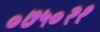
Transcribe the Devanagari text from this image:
०७५०२१